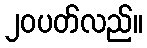
၂၀ပတ်လည်။